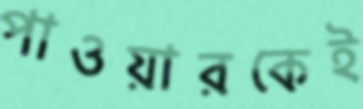
পাওয়ারকেই